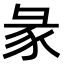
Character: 彖